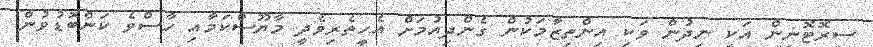
ސިރޮޓޮނިން އަކީ ނިދުން ވަކި އިންތިޒާމަކުން ގެންދިއުމަށް އެހީތެރިވެދީ މާޔޫސްކަމާއި ހާސްވެ ކަންބޮޑުވުން